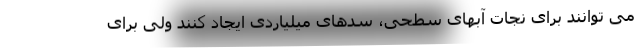
می توانند برای نجات آبهای سطحی، سدهای میلیاردی ایجاد کنند ولی برای